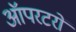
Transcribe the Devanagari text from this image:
ऑपरटरों